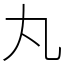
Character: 丸